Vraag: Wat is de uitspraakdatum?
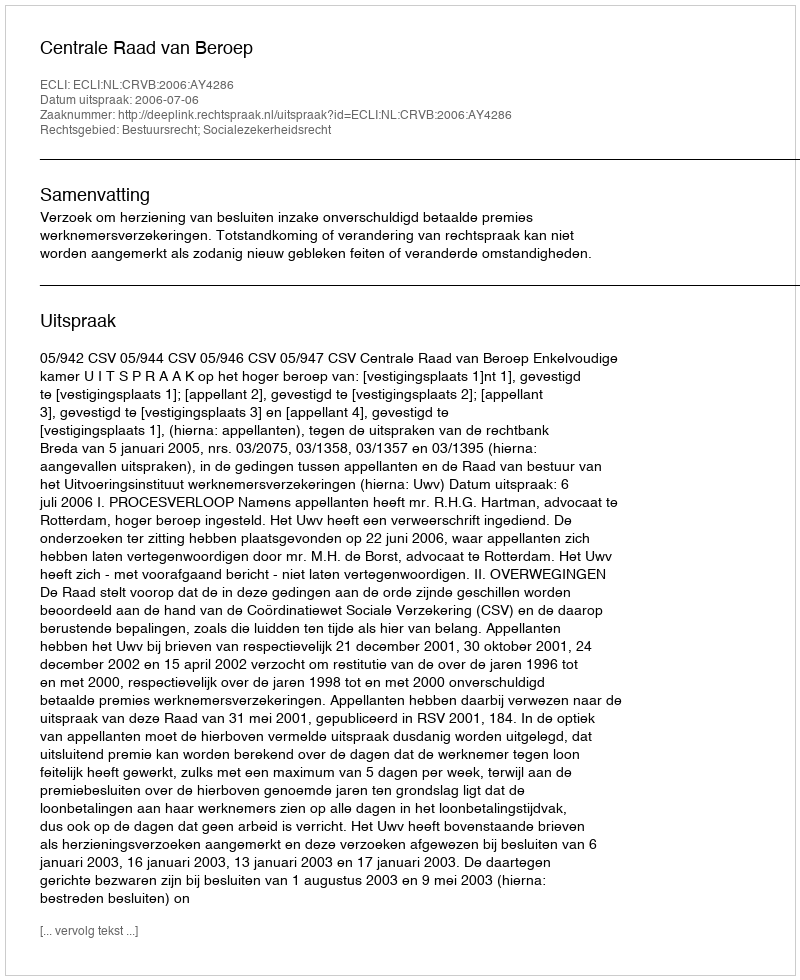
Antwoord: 2006-07-06